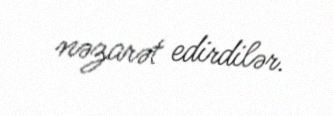
nəzarət edirdilər.